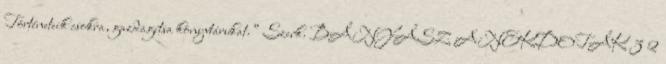
Történeteik csokra, gazdagítsa könyvtárukat.” Szerk. BÁNYÁSZ ANEKDOTÁK 3 2